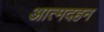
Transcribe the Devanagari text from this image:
आत्मदहन